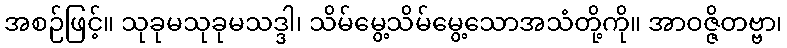
အစဉ်ဖြင့်။ သုခုမသုခုမသဒ္ဒါ၊ သိမ်မွေ့သိမ်မွေ့သောအသံတို့ကို။ အာဝဇ္ဇိတဗ္ဗာ၊